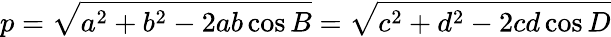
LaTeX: p={\sqrt{a^{2}+b^{2}-2ab\cos{B}}}={\sqrt{c^{2}+d^{2}-2cd\cos{D}}}